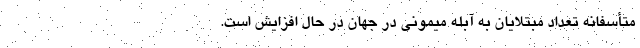
متأسفانه تعداد مبتلایان به آبله میمونی در جهان در حال افزایش است.